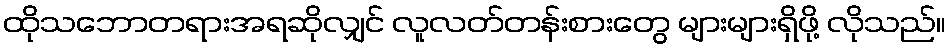
ထိုသဘောတရားအရဆိုလျှင် လူလတ်တန်းစားတွေ များများရှိဖို့ လိုသည်။